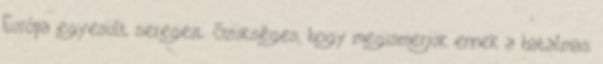
Európa egyesült seregeit. Szükséges, hogy megismerjük ennek a hatalmas